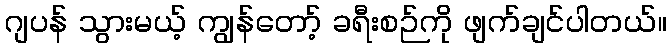
ဂျပန် သွားမယ့် ကျွန်တော့် ခရီးစဉ်ကို ဖျက်ချင်ပါတယ်။